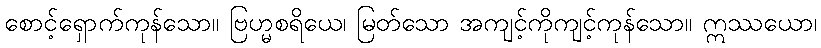
စောင့်ရှောက်ကုန်သော။ ဗြဟ္မစရိယေ၊ မြတ်သော အကျင့်ကိုကျင့်ကုန်သော။ ဣဿယော၊